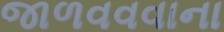
જાળવવવાના